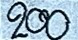
200